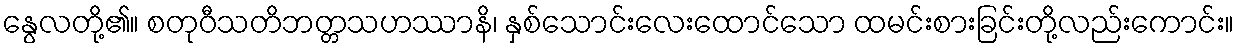
နွေလတို့၏။ စတုဝီသတိဘတ္တသဟဿာနိ၊ နှစ်သောင်းလေးထောင်သော ထမင်းစားခြင်းတို့လည်းကောင်း။